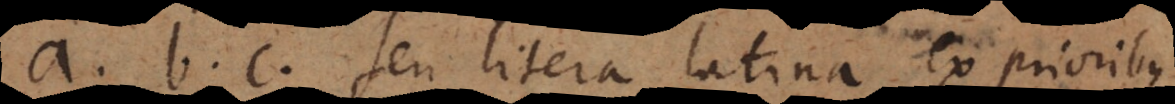
a, b, c seu litera latina ex prioribus